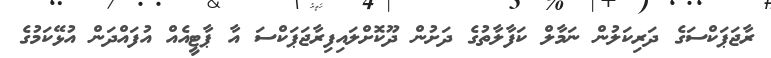
ރާޖަޕަކްސަގެ ދަރިކަލުން ނަމާލް ކަފާލާތުގެ ދަށުން ދޫކޮށްލައިފިރާޖަޕަކްސަ އާ ޕާޓީއެއް އުފައްދަން އުޅޭކަމުގެ